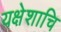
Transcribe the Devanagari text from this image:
यक्षेशाचि